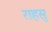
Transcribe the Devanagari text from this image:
राहसु